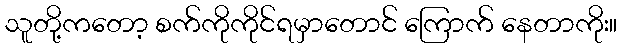
သူတို့ကတော့ စက်ကိုကိုင်ရမှာတောင် ကြောက် နေတာကိုး။